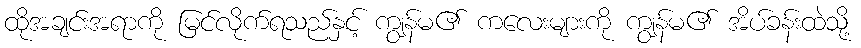
ထိုအချင်းအရာကို မြင်လိုက်ရသည်နှင့် ကျွန်မ၏ ကလေးများကို ကျွန်မ၏ အိပ်ခန်းထဲသို့